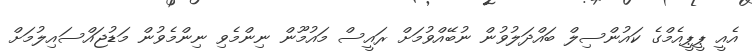
އެއީ ޕީޕީއެމްގެ ކައުންސިލް ބައްދަލުވުން ނުބޭއްވުމަށް ރައީސް މައުމޫން ނިންމެވި ނިންމެވުން މަޑުޖައްސައިލުމަށް